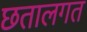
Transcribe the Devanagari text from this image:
छतालगत